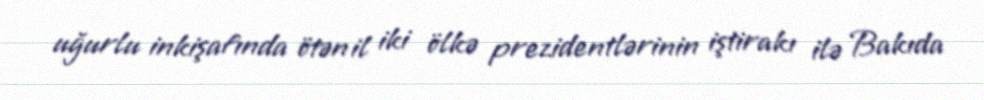
uğurlu inkişafında ötən il iki ölkə prezidentlərinin iştirakı ilə Bakıda